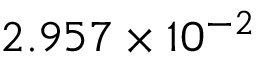
2 . 9 5 7 \times 1 0 ^ { - 2 }